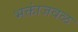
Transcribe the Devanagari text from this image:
भक्तांजवळ